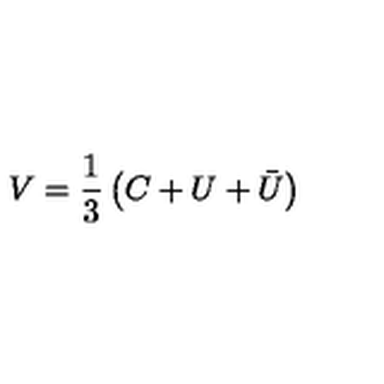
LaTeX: V = \frac { 1 } { 3 } \left( C + U + \bar { U } \right)